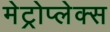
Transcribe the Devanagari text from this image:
मेट्रोप्लेक्स